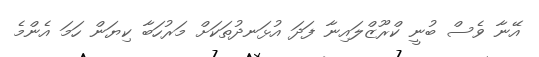
އޭނާ ވެސް ބުނީ ކްރޫޒްލައިނާ ފަދަ އުޅަނދުތަކަށް މަރުހަބާ ކިޔަން ހަމަ އެންމެ